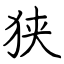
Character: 狭